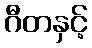
ဂီတနှင့်